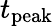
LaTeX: t_{\mathrm{peak}}